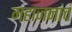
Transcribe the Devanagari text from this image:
महाजनांचं